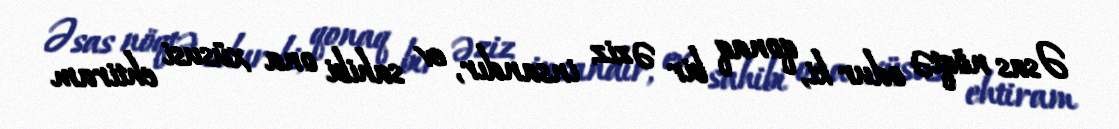
Əsas nöqtə odur ki, qonaq bir əziz insandır, ev sahibi ona xüsusi ehtiram